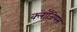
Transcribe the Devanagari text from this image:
क्लॉज़ियस